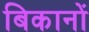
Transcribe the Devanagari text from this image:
बिकानों